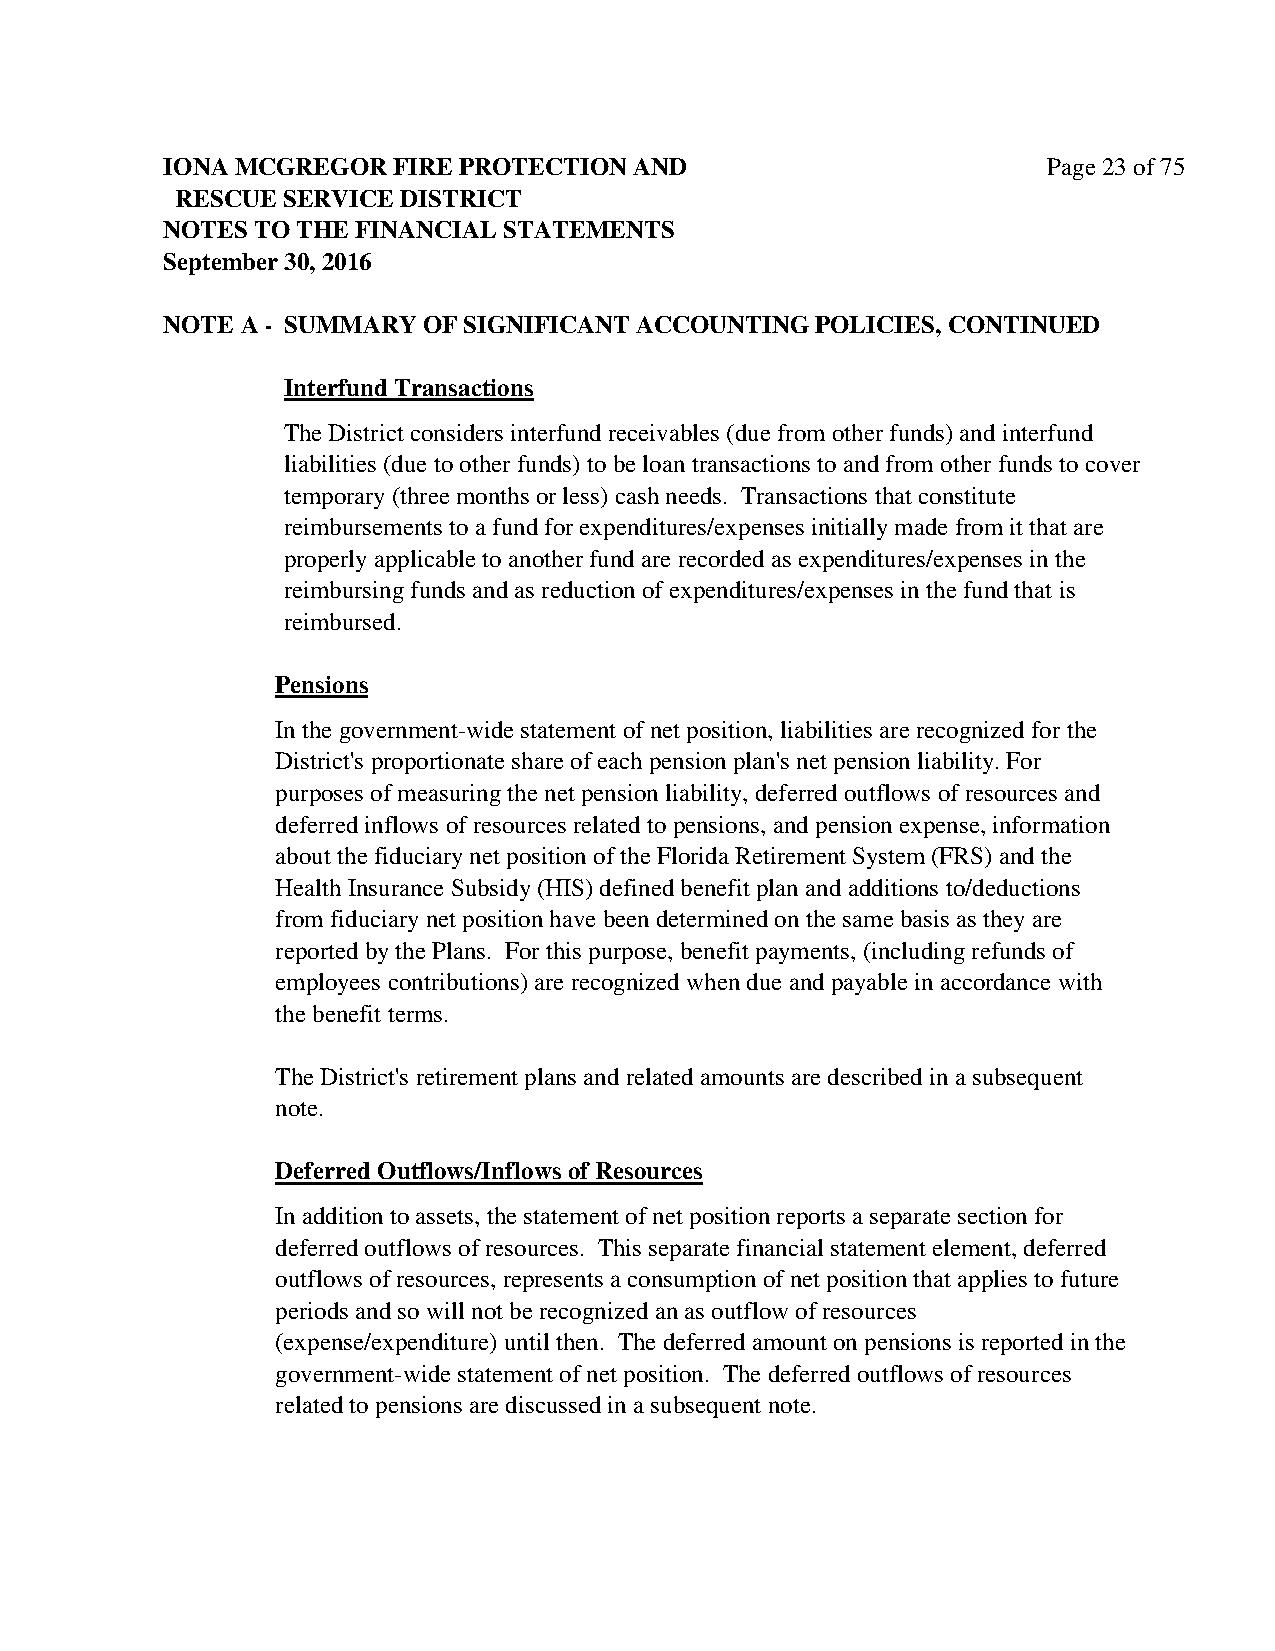
IONA MCGREGOR  FIRE PROTECTION AND                        Page 23 of 75
 RESCUE SERVICE DISTRICT
 NOTES TO THE FINANCIAL STATEMENTS
 September 30, 2016
 NOTE A - SUMMARY OF SIGNIFICANT ACCOUNTING POLICIES, CONTINUED
 Interfund Transactions
 The District considers interfund receivables (due from other funds) and interfund
 liabilities (due to other funds) to be loan transactions to and from other funds to cover
 temporary (three months or less) cash needs. Transactions that constitute
 reimbursements to a fund for expenditures/expenses initially made from it that are
 properly applicable to another fund are recorded as expenditures/expenses in the
 reimbursing funds and as reduction of expenditures/expenses in the fund that is
 reimbursed.
 Pensions
 In the government-wide statement of net position, liabilities are recognized for the
 District's proportionate share of each pension plan's net pension liability. For
 purposes of measuring the net pension liability, deferred outflows of resources and
 deferred inflows of resources related to pensions, and pension expense, information
 about the fiduciary net position of the Florida Retirement System (FRS) and the
 Health Insurance Subsidy (HIS) defined benefit plan and additions to/deductions
 from fiduciary net position have been determined on the same basis as they are
 reported by the Plans. For this purpose, benefit payments, (including refunds of
 employees contributions) are recognized when due and payable in accordance with
 the benefit terms.
 The District's retirement plans and related amounts are described in a subsequent
 note.
 Deferred Outflows/Inflows of Resources
 In addition to assets, the statement of net position reports a separate section for
 deferred outflows of resources. This separate financial statement element, deferred
 outflows of resources, represents a consumption of net position that applies to future
 periods and so will not be recognized an as outflow of resources
 (expense/expenditure) until then. The deferred amount on pensions is reported in the
 government-wide statement of net position. The deferred outflows of resources
 related to pensions are discussed in a subsequent note.